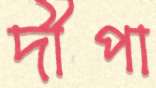
দীপা